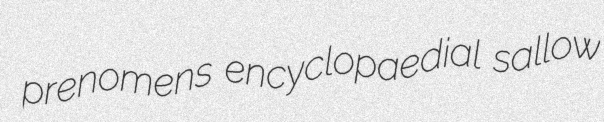
prenomens encyclopaedial sallow